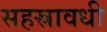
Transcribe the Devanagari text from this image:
सहस्रावधी